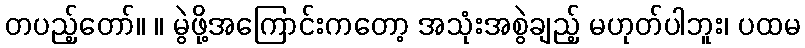
တပည့်တော်။ ။ မွဲဖို့အကြောင်းကတော့ အသုံးအစွဲချည့် မဟုတ်ပါဘူး၊ ပထမ